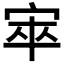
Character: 𡨔